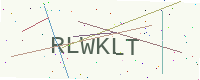
Text: RLWKLT